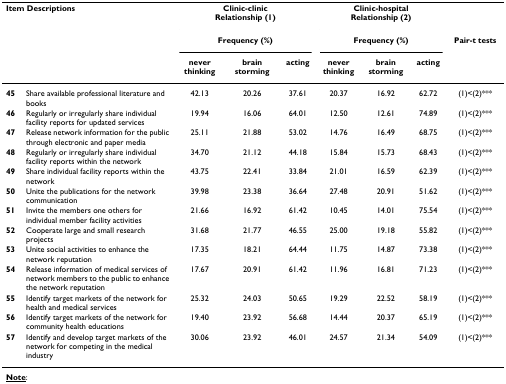
<table><thead><tr><td colspan="2"><b>Item Descriptions</b></td><td colspan="3"><b>Clinic-clinicRelationship (1)</b></td><td colspan="3"><b>Clinic-hospitalRelationship (2)</b></td><td></td></tr><tr><td></td><td></td><td colspan="3"><b>Frequency (%)</b></td><td colspan="3"><b>Frequency (%)</b></td><td><b>Pair-t tests</b></td></tr><tr><td></td><td></td><td><b>never thinking</b></td><td><b>brain storming</b></td><td><b>acting</b></td><td><b>never thinking</b></td><td><b>brain storming</b></td><td><b>acting</b></td><td></td></tr></thead><tbody><tr><td><b>45</b></td><td>Share available professional literature and books</td><td>42.13</td><td>20.26</td><td>37.61</td><td>20.37</td><td>16.92</td><td>62.72</td><td>(1)&lt;(2)***</td></tr><tr><td><b>46</b></td><td>Regularly or irregularly share individual facility reports for updated services</td><td>19.94</td><td>16.06</td><td>64.01</td><td>12.50</td><td>12.61</td><td>74.89</td><td>(1)&lt;(2)***</td></tr><tr><td><b>47</b></td><td>Release network information for the public through electronic and paper media</td><td>25.11</td><td>21.88</td><td>53.02</td><td>14.76</td><td>16.49</td><td>68.75</td><td>(1)&lt;(2)***</td></tr><tr><td><b>48</b></td><td>Regularly or irregularly share individual facility reports within the network</td><td>34.70</td><td>21.12</td><td>44.18</td><td>15.84</td><td>15.73</td><td>68.43</td><td>(1)&lt;(2)***</td></tr><tr><td><b>49</b></td><td>Share individual facility reports within the network</td><td>43.75</td><td>22.41</td><td>33.84</td><td>21.01</td><td>16.59</td><td>62.39</td><td>(1)&lt;(2)***</td></tr><tr><td><b>50</b></td><td>Unite the publications for the network communication</td><td>39.98</td><td>23.38</td><td>36.64</td><td>27.48</td><td>20.91</td><td>51.62</td><td>(1)&lt;(2)***</td></tr><tr><td><b>51</b></td><td>Invite the members one others for individual member facility activities</td><td>21.66</td><td>16.92</td><td>61.42</td><td>10.45</td><td>14.01</td><td>75.54</td><td>(1)&lt;(2)***</td></tr><tr><td><b>52</b></td><td>Cooperate large and small research projects</td><td>31.68</td><td>21.77</td><td>46.55</td><td>25.00</td><td>19.18</td><td>55.82</td><td>(1)&lt;(2)***</td></tr><tr><td><b>53</b></td><td>Unite social activities to enhance the network reputation</td><td>17.35</td><td>18.21</td><td>64.44</td><td>11.75</td><td>14.87</td><td>73.38</td><td>(1)&lt;(2)***</td></tr><tr><td><b>54</b></td><td>Release information of medical services of network members to the public to enhance the network reputation</td><td>17.67</td><td>20.91</td><td>61.42</td><td>11.96</td><td>16.81</td><td>71.23</td><td>(1)&lt;(2)***</td></tr><tr><td><b>55</b></td><td>Identify target markets of the network for health and medical services</td><td>25.32</td><td>24.03</td><td>50.65</td><td>19.29</td><td>22.52</td><td>58.19</td><td>(1)&lt;(2)***</td></tr><tr><td><b>56</b></td><td>Identify target markets of the network for community health educations</td><td>19.40</td><td>23.92</td><td>56.68</td><td>14.44</td><td>20.37</td><td>65.19</td><td>(1)&lt;(2)***</td></tr><tr><td><b>57</b></td><td>Identify and develop target markets of the network for competing in the medical industry</td><td>30.06</td><td>23.92</td><td>46.01</td><td>24.57</td><td>21.34</td><td>54.09</td><td>(1)&lt;(2)***</td></tr></tbody></table>